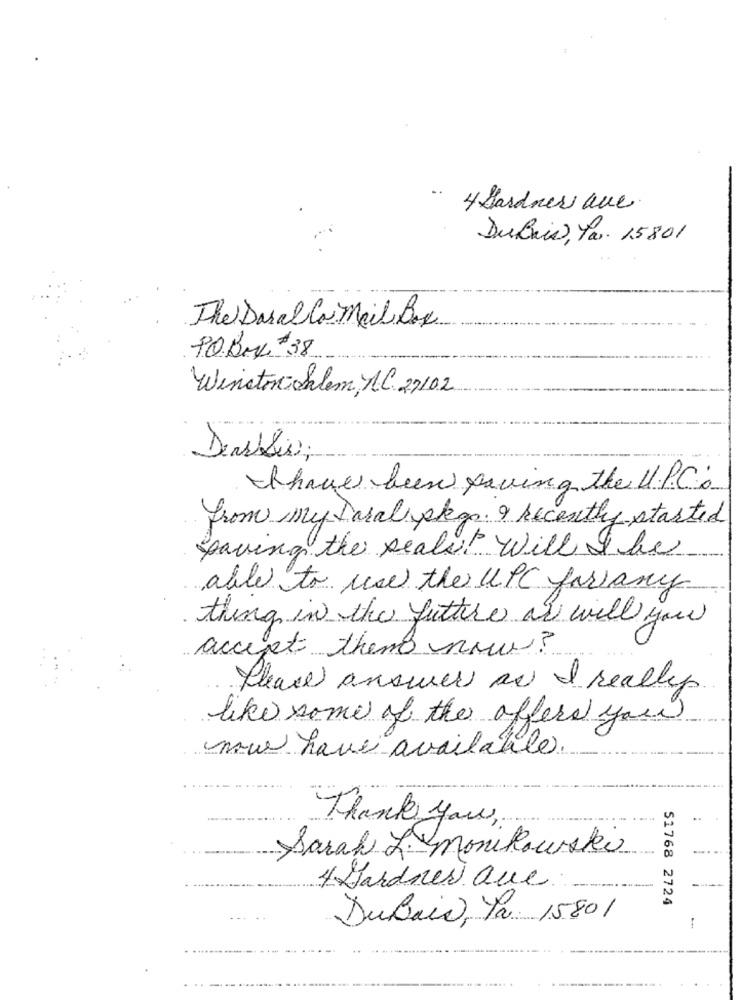
4 Hardness ave.
DuBais, Par. 15801
The Dasalla Mail Box
90 BML 38
Winstonsalem, MC 27/02
Dearblis;
thave been saving the U.P.Co
from my Dasal ska. 9 Recently started
Saving the Realit will I be
able to use the UPC forany
thing in the future an will you
accept them now ?
Please answer as I really
like some of the offers you
now have available.
Thank you,
Sarah L. monikawski
4 Gardner Que
51768 2724
DuBais, Ya: 15801